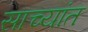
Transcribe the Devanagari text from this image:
साच्यांत